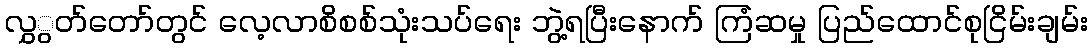
လွှွတ်တော်တွင် လေ့လာစိစစ်သုံးသပ်ရေး ဘွဲ့ရပြီးနောက် ကြံဆမှု ပြည်ထောင်စုငြိမ်းချမ်း